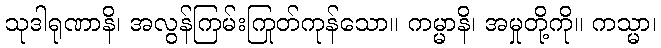
သုဒါရုဏာနိ၊ အလွန်ကြမ်းကြုတ်ကုန်သော။ ကမ္မာနိ၊ အမှုတို့ကို။ ကသ္မာ၊